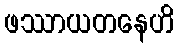
ဖဿာယတနေဟိ